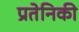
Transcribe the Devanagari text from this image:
प्रतेनिकी